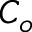
C _ { o }